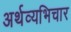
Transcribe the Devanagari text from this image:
अर्थव्यभिचार